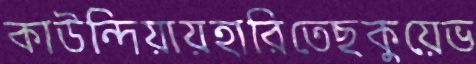
কাউন্দিয়ায়হারিতেছকুয়েভ